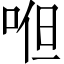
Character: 𭈂